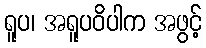
ရူပ၊ အရူပဝိပါက အဖွင့်